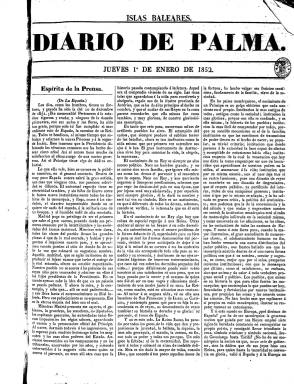
Título: Diario de Palma (1852)
Colección: Periódicos
Ámbito geográfico: Baleares
Lugar de publicación: Palma de Mallorca
Fechas: 01/01/1852-30/11/1856

Con este título ya se había publicado en Palma de Mallorca, entre 1811 y 1813, un periódico fundado por el impresor catalán Antonio Brussi, que en esa época se había establecido en la ciudad, y estampado en su última época por el impresor mallorquín Felipe Guasp y Barbieri. El que ahora empieza a publicarse el uno de enero de 1852 es considerado sucesor de Diario constitucional de Palma, editado entre 1839 y 1851 por su hijo, Juan Guasp y Pascual. Este Diario de Palma es estampado en el mismo establecimiento familiar, que, desde 1837, viene denominándose Imprenta Nacional, y a cargo de Juan Guasp, quien también aparece como editor responsable. Sus entregas empiezan saliendo en un formato en folio ordinario, de cuatro páginas y compuesta a tres columnas, llevando sobre su cabecera la indicación “Islas Baleares”.

Es un periódico noticioso, que sigue la tendencia liberal moderada de la familia propietaria. Comienza cada entrega con la sección Espíritu de la prensa, en donde reproduce artículos de otros periódicos de las islas, de la península o del extranjero, como es el caso de El Ancora o La España, o con la denominada Artículo de oficio. Otras secciones son: Noticias extranjeras, Noticias nacionales, Crónica o Boletín religiosa (santoral y cultos), Afecciones meteorológicas, Teatro (programación de las funciones), Alcance y Avisos (anuncios comerciales). A ello suma una sección local, con las órdenes de Capitanía, de las administraciones oficiales provinciales y del ayuntamiento, además del movimiento portuario o los precios de los productos. También ofrece información sobre toros e insertará folletines en los faldones de las dos primeras o las dos últimas planas.

Así estará publicándose, sin indicar sus entregas secuencia numérica, hasta el 30 de septiembre de 1853. Tras el fallecimiento prematuro de Juan Guasp, su padre se había hecho cargo de nuevo de la empresa familiar y de la responsabilidad de la edición, y el uno de octubre, empieza a numerar sus entregas, modifica su formato a doble folio, y sus cuatro páginas se componen ahora a cuatro columnas. La sección Espíritu de la prensa se denomina ya Sección política, aunque tiene otra referida a la prensa mallorquina. Tiene otra sección que denomina científica, y en la local publica comentarios sobre la actividad política y administrativa, reuniendo otras informaciones en la que denomina Boletín comercial y marítimo.

En el número 365, de 31 de diciembre de 1855, inserta un índice con los principales artículos publicados, y una nueva modificación de su formato y diseño se produce a partir del uno de enero de 1856, reiniciando su secuencia y apareciendo ahora en folio español y en entregas de ocho páginas, compuestas a dos columnas y con nueva tipografía, con la intención de hacerlo “más manejable” para sus suscriptores y más “favorable” para la encuadernación y conservación de su colección. Su editor, Felipe Guasp, señala también que seguirá apareciendo cada noche. Su plan es seguir reproduciendo artículos de interés de la prensa “continental”, teniendo la edición dominical un carácter más religioso, científico y literario, que político, además de salir por la mañana, para descanso de los operarios de su imprenta. También edita cada domingo un Suplemento al Diario de Palma, integrado en esta misma colección.

Este Diario de Palma estará publicándose hasta su entrega número 335, correspondiente al 30 de noviembre de 1856, en la que su editor anuncia que será sustituido por un nuevo periódico con el título El Mallorquín, que comienza a publicarse el uno de diciembre, y también forma parte de la colección de la Biblioteca Nacional de España.